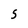
Character: 5